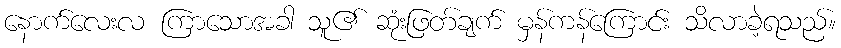
နောက်လေးလ ကြာသောအခါ သူ၏ ဆုံးဖြတ်ချက် မှန်ကန်ကြောင်း သိလာခဲ့ရသည်။